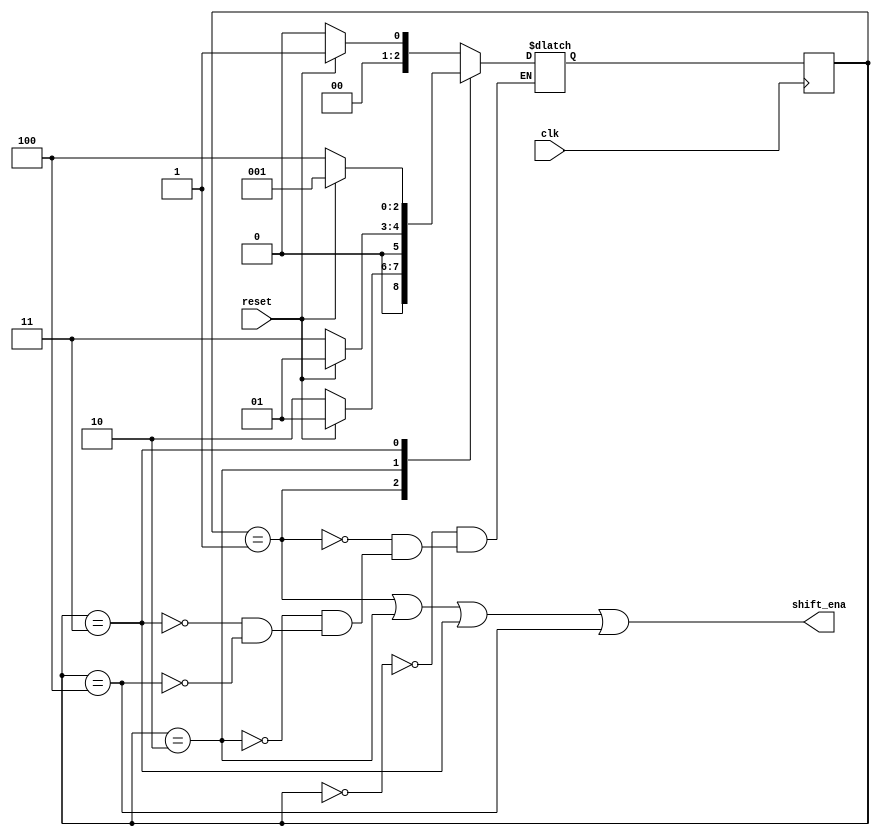
module top_module (
    input clk,
    input reset,      // Synchronous reset
    output shift_ena);
    
    parameter WAIT=0,START=1,SEC=2,TRD=3,FOUR=4;
    reg [2:0]state, next;
    
    always@(*) begin
        case(state)
            WAIT : next = reset? START:WAIT; // wait for reset
            START: next = reset? START:SEC ; // first output=1 sense if the reset is still == 1
            SEC  : next = reset? START:TRD ; // second clk cycle recount if reset is == 1
            TRD  : next = reset? START:FOUR; // third clk cycle recount if reset is == 1
            FOUR : next = reset? START:WAIT; // fourth clk cycle, next state will return to WAIT 
        endcase
    end
    
    always@(posedge clk) begin
        state <= next;
    end
    
    assign shift_ena = (state==START) | (state==SEC) | (state==TRD) | (state==FOUR);

endmodule